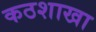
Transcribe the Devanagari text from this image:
कठशाखा